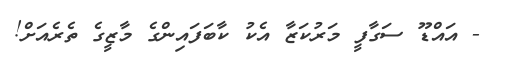
- އައްޑޫ ސަގާފީ މަރުކަޒާ އެކު ކާބަފައިންގެ މާޒީގެ ތެރެއަށް!